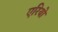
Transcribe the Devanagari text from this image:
एरियो